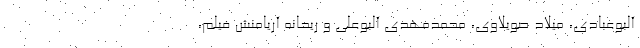
آلبوعبادی، میلاد صویلاوی، محمدمهدی آلبوعلی و ریحانه آریامنش فیلم،